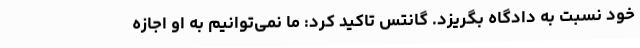
خود نسبت به دادگاه بگریزد. گانتس تاکید کرد: ما نمی‌توانیم به او اجازه